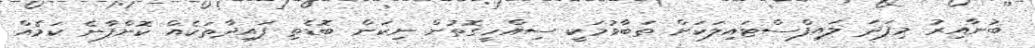
ބުނާއިރު މިފަދަ ލައިފްސްޓައިލަކަށް ތަބާވުމަކީ ސިއްހީގޮތުން ނިކަން ބޮޑެތި ފައިދާތަކެއް ކޮށްފާނެ ކަމެއް